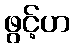
ဖွင့်ဟ